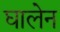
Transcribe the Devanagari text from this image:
घालेन